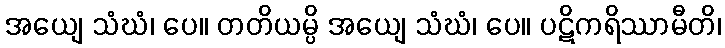
အယျေ သံဃံ၊ ပေ။ တတိယမ္ပိ အယျေ သံဃံ၊ ပေ။ ပဋိကရိဿာမီတိ၊